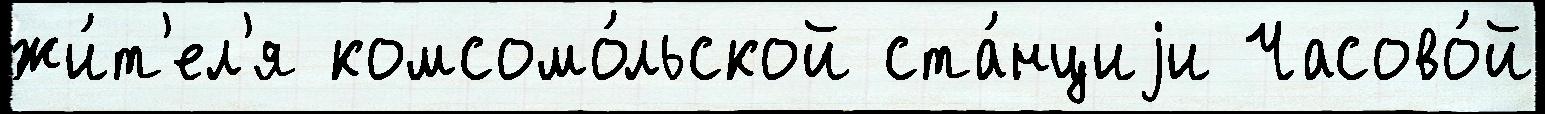
жи́т'ел'я комсомо́льской ста́нциjи Часово́й